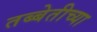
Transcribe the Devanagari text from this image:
तब्बेतीच्या